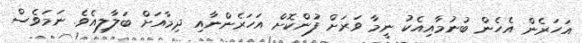
އަހަރެން އެހެން ބުނުމާއިއެކު ނީމާ ވަރަށް ފުންކޮށް އަހަރެންނާއި ދިމާއަށް ބަލާލިއެވެ. ނަމަވެސް